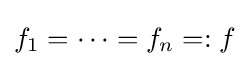
f_{1}=\cdots =f_{n}=:f